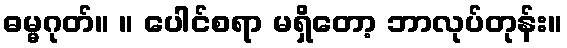
ဓမ္မဂုတ်။ ။ ပေါင်စရာ မရှိတော့ ဘာလုပ်တုန်း။